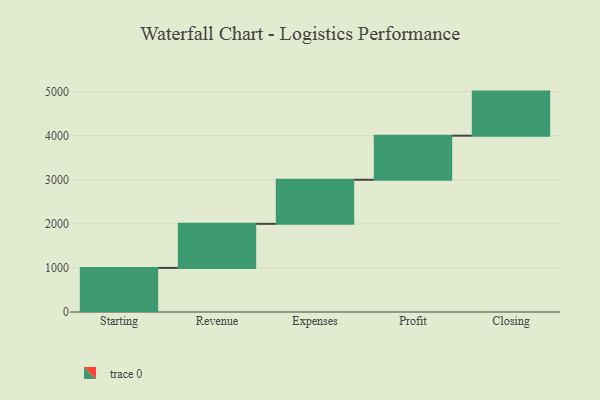
{"axis": {"x": "Step", "y": "Value"}, "legend": [""], "data": [{"x": "Starting", "y": 1000, "type": ""}, {"x": "Revenue", "y": 1000, "type": ""}, {"x": "Expenses", "y": 1000, "type": ""}, {"x": "Profit", "y": 1000, "type": ""}, {"x": "Closing", "y": 1000, "type": ""}]}